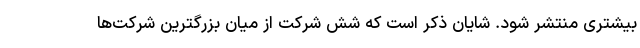
بیشتری منتشر شود. شایان ذکر است که شش شرکت از میان بزرگترین شرکت‌ها